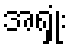
အရှုံး